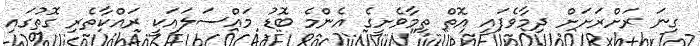
ގިނަ ރަށްރަށަށް ދިމާވެފައި އޮތް ތިމާވެށީގެ އެންމެ ބޮޑު މައްސަލައަކީ ރައްކާތެރި ގޮތުގައި